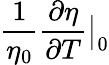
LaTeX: \frac{1}{\eta_{0}}\frac{\partial\eta}{\partial T}\big|_{0}